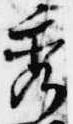
秀